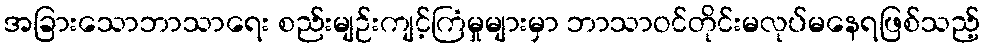
အခြားသောဘာသာရေး စည်းမျဉ်းကျင့်ကြံမှုများမှာ ဘာသာဝင်တိုင်းမလုပ်မနေရဖြစ်သည့်